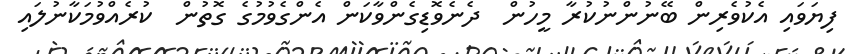
ފިޔަވައި އެކުވެރިން ބޭނުންނުކުރާ މީހުން  ދެނެވޮޑިގެންވާކަން އެންގެވުމުގެ ގޮތުން  ކުރެއްވުމަކާނުލައި